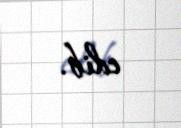
edib.